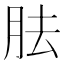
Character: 胠